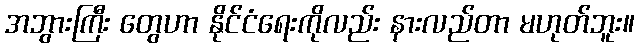
အဘွားကြီး တွေဟာ နိုင်ငံရေးကိုလည်း နားလည်တာ မဟုတ်ဘူး။